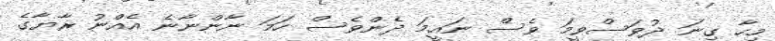
މިހާ ގިނަ ދުވަސްވީމަ ވެސް ނައީމަ ދެންވެސް ހަމަ ނާންނާނެ އެއްނު ރާޔާގެ